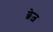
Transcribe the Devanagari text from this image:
छेज़